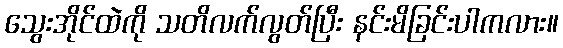
သွေးအိုင်ထဲကို သတိလက်လွတ်ပြီး နင်းမိခြင်းပါကလား။